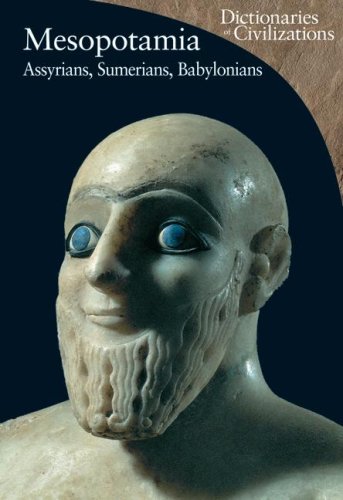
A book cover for Mesopotamia: Assyrians, Sumerians, Babylonians (Dictionaries of Civilization); Enrico Ascalone; History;